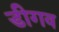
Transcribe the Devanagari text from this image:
डीगव